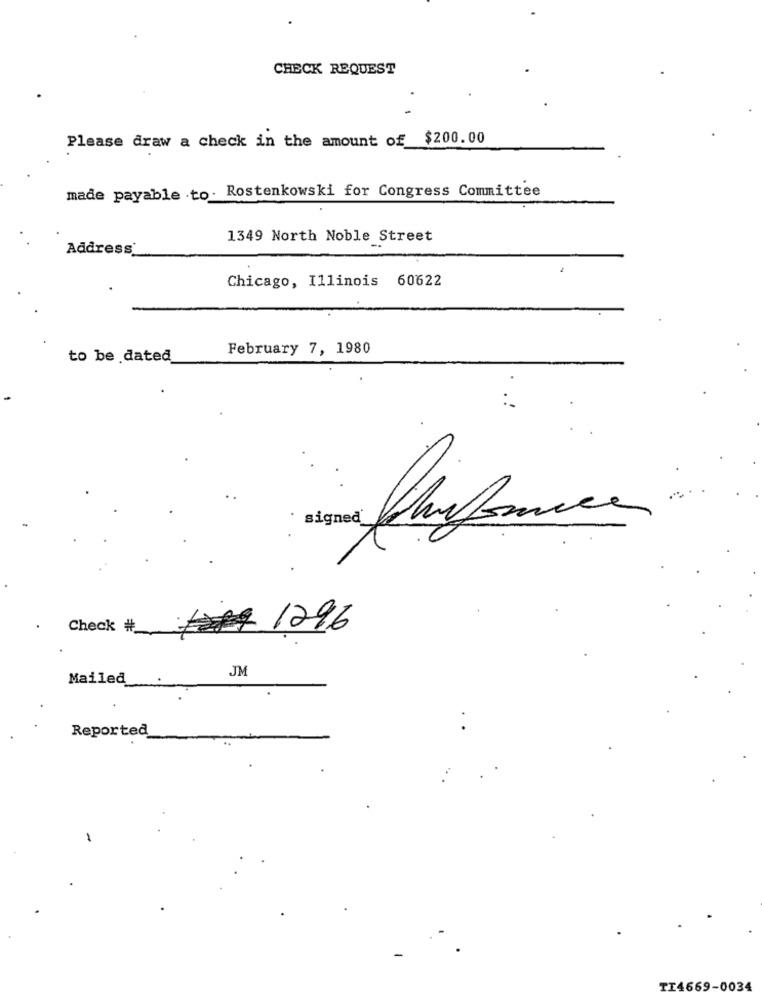
CHECK REQUEST
Please draw a check in the amount of $200.00
made payable to. Rostenkowski for Congress Committee
1349 North Noble Street
Address
Chicago, Illinois 60622
February 7, 1980
to be dated
· signed 1
Check #_
1296
JM
Mailed
Reported
TI4669-0034